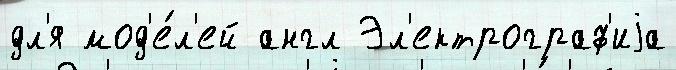
дл'я мод'е́л'ей англ Эл'ектрограф'иjа